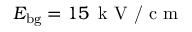
E _ { \mathrm { b g } } = 1 5 \, \textrm { k V / c m }